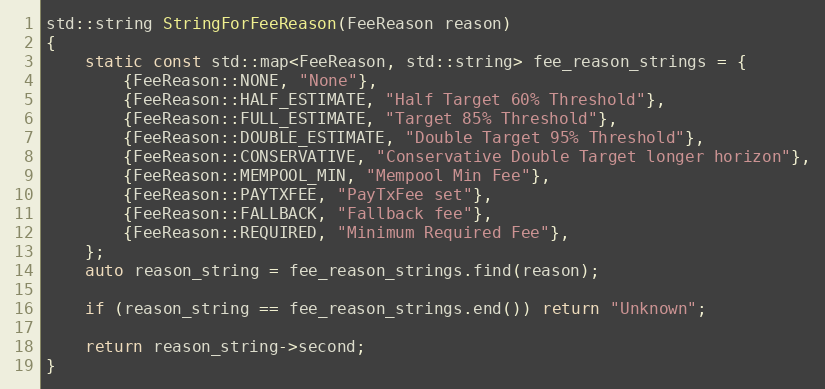
Language: C++
std::string StringForFeeReason(FeeReason reason)
{
    static const std::map<FeeReason, std::string> fee_reason_strings = {
        {FeeReason::NONE, "None"},
        {FeeReason::HALF_ESTIMATE, "Half Target 60% Threshold"},
        {FeeReason::FULL_ESTIMATE, "Target 85% Threshold"},
        {FeeReason::DOUBLE_ESTIMATE, "Double Target 95% Threshold"},
        {FeeReason::CONSERVATIVE, "Conservative Double Target longer horizon"},
        {FeeReason::MEMPOOL_MIN, "Mempool Min Fee"},
        {FeeReason::PAYTXFEE, "PayTxFee set"},
        {FeeReason::FALLBACK, "Fallback fee"},
        {FeeReason::REQUIRED, "Minimum Required Fee"},
    };
    auto reason_string = fee_reason_strings.find(reason);

    if (reason_string == fee_reason_strings.end()) return "Unknown";

    return reason_string->second;
}